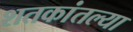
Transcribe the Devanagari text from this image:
शतकांतल्या